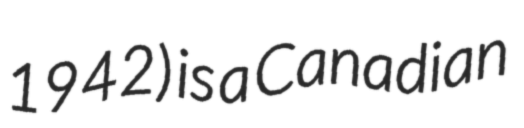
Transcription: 1942) is a Canadian